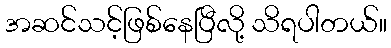
အဆင်သင့်ဖြစ်နေပြီလို့ သိရပါတယ်။